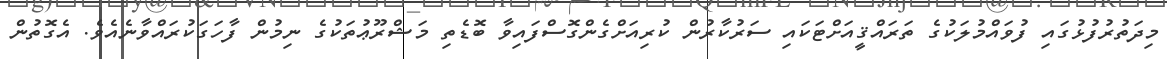
މިދަތުރުފުޅުގައި ފުވައްމުލަކުގެ ތަރައްޤީއަށްޓަކައި ސަރުކާރުން ކުރިއަށްގެންގޮސްފައިވާ ބޮޑެތި މަޝްރޫޢުތަކުގެ ނިމުން ފާހަގަކުރައްވާނެއެވެ. އެގޮތުން